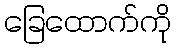
ခြေထောက်ကို